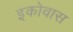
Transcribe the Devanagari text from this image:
इकोवास